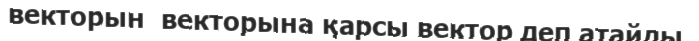
векторын  векторына қарсы вектор деп атайды.